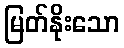
မြတ်နိုးသော